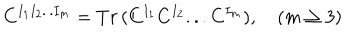
LaTeX: C ^ { I _ { 1 } I _ { 2 } . . . I _ { m } } = T r \, ( C ^ { I _ { 1 } } C ^ { I _ { 2 } } . . . C ^ { I _ { m } } ) , \quad ( m \geq 3 )